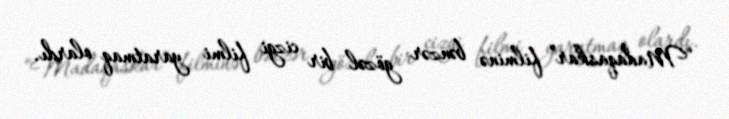
“Madaqaskar” filminə bənzər gözəl bir cizgi filmi yaratmaq olardı.